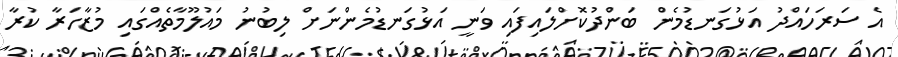
އެ ސަރަހައްދު އަޅުގަނޑުމެން ބަންދުކޮށްލައިފައި ވަނީ އަޅުގަނޑުމެންނަށް ލިބުނު މައުލޫމާތެއްގައި މުޒާހަރާ ކުރާ